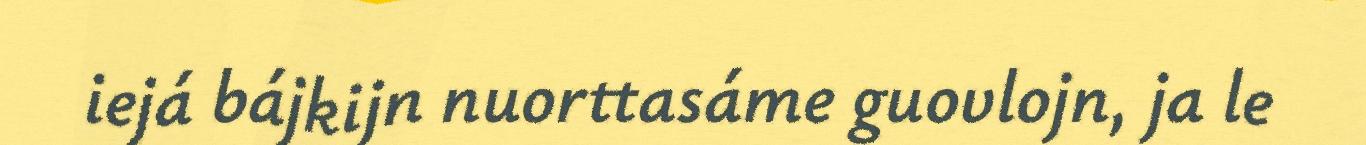
iejá bájkijn nuorttasáme guovlojn, ja le